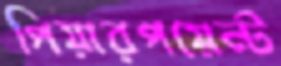
পিয়ারপয়েন্ট